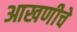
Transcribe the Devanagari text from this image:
आखणीचे